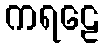
ကရဠေ